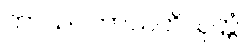
ကာယဂတာသတိသုတ္တံ